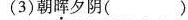
(3)朝晖夕阴( )